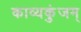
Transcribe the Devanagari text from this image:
काव्यकुंजम्